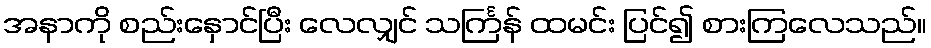
အနာကို စည်းနှောင်ပြီး လေလျှင် သင်္ကြန် ထမင်း ပြင်၍ စားကြလေသည်။